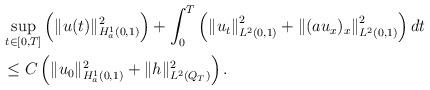
LaTeX: \begin{align*}\begin{aligned}&\sup_{t \in [0,T]}\left(\|u(t)\|^2_{H^1_a(0,1)}\right)+ \int_0^{T}\left(\left\|u_t\right\|^2_{L^2(0,1)}+\left\|(au_{x})_x\right\|^2_{L^2(0,1)}\right)dt\\&\le C\left(\|u_0\|^2_{H^1_a(0,1)} +\|h\|^2_{L^2(Q_T)}\right).\end{aligned}\end{align*}